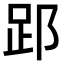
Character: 𮛈